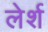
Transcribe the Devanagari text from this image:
लेर्श